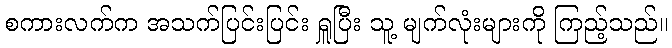
စကားလက်က အသက်ပြင်းပြင်း ရှူပြီး သူ့ မျက်လုံးများကို ကြည့်သည်။